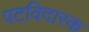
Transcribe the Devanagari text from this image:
पटविदारक